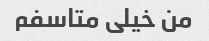
من خیلی متاسفم